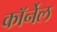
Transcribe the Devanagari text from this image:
काॅर्नेल